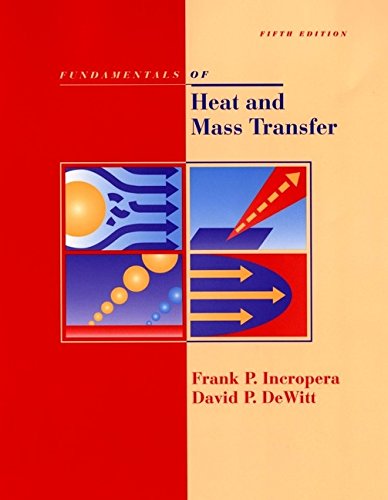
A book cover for Fundamentals of Heat and Mass Transfer, 5th Edition; Frank P. Incropera; Science & Math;